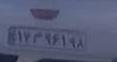
۱۷م۹۶۱۹۸